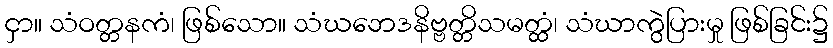
ငှာ။ သံဝတ္တနကံ၊ ဖြစ်သော။ သံဃဘေဒနိဗ္ဗတ္တိသမတ္ထံ၊ သံဃာကွဲပြားမှု ဖြစ်ခြင်း၌